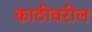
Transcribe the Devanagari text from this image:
काठीवरील